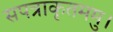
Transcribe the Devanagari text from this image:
सपत्राकृतममु।